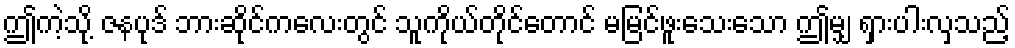
ဤကဲ့သို့ ဇနပုဒ် ဘားဆိုင်ကလေးတွင် သူကိုယ်တိုင်တောင် မမြင်ဖူးသေးသော ဤမျှ ရှားပါးလှသည့်